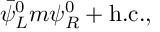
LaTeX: \bar { \psi } _ { L } ^ { 0 } m \psi _ { R } ^ { 0 } + \mathrm { h . c . } ,